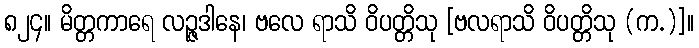
၈၂၄။ မိတ္တကာရေ လဉ္ဇဒါနေ၊ ဗလေ ရာသိ ဝိပတ္တိသု [ဗလရာသိ ဝိပတ္တိသု (က.)]။